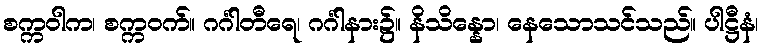
စက္ကဝါက၊ စက္ကဝက်။ ဂင်္ဂါတီရေ၊ ဂင်္ဂါနား၌။ နိသိန္နော၊ နေသောသင်သည်။ ပါဋ္ဌီနံ၊